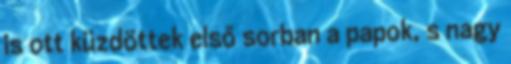
is ott küzdöttek első sorban a papok, s nagy